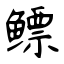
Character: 鳔